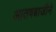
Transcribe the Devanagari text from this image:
आतषबाजीने